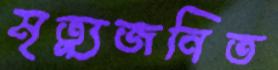
মৃত্যুজনিত